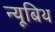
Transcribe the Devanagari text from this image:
न्यूबिथ